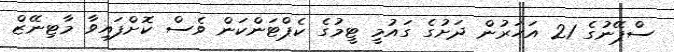
ސްޕޭނުގެ 21 އަހަރުން ދަށުގެ ގައުމީ ޓީމުގެ ކެޕްޓަންކަން ވެސް ކޮށްފައިވާ މާޓިނޭޒް